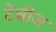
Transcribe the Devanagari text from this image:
टेन्नीज